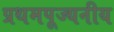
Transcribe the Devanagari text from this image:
प्रथमपूज्यनीय